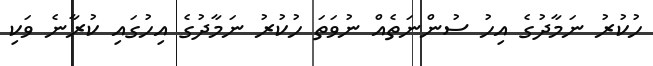
ހުކުރު ނަމާދުގެ އިހު ސުންނަތެއް ނުވަތަ ހުކުރު ނަމާދުގެ އިހުގައި ކުރާނެ ވަކި